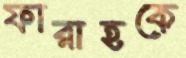
ফারাহকে